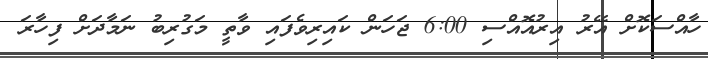
ހާއްސަކޮށް އޭރު އިރުއޮއްސި 6:00 ޖަހަން ކައިރިވެފައި ވާތީ މަގުރިބު ނަމާދަށް ފިހާރަ